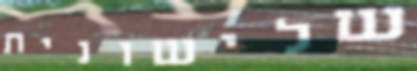
שלישונית